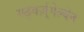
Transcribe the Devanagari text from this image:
स्छ्वर्ज़्गेल्बेन